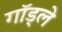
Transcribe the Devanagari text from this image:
गॉड्ले